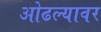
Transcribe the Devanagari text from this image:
ओढल्यावर